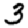
Digit: 3